Medical and sanitary report of the native army of Madras for the year
Year: 1872
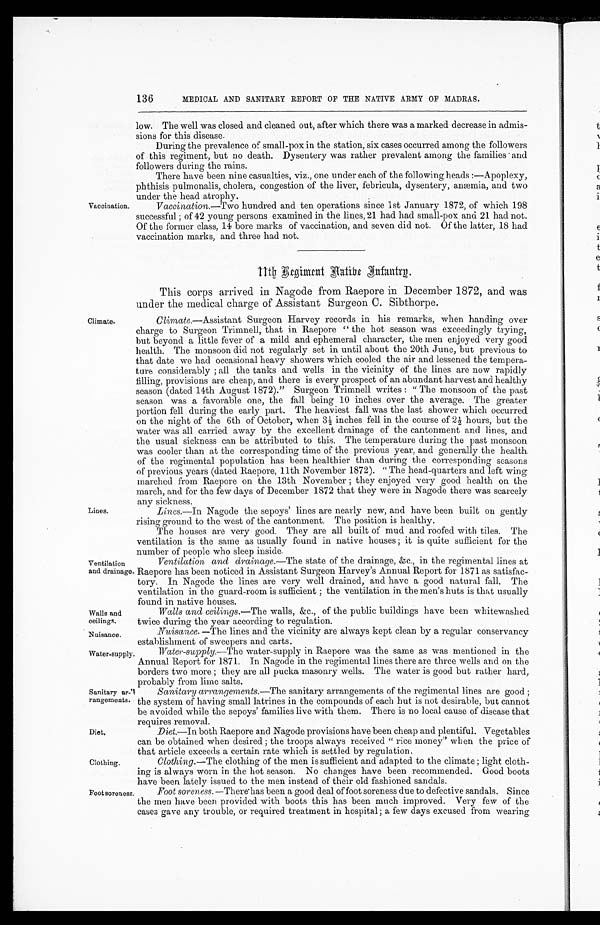
Walls and
ceilings.
Nuisance.
Water-supply.
Diet.
Clothing.
Foot soreness
136
MEDICAL AND SANITARY REPORT OF THE NATIVE ARMY OF MADRAS.
Vaccination
.
Climate.
Lines.
Ventilation
and drainage.
Sanitary ar-
rangements.
low. The well was closed and cleaned out, after which there was a marked decrease in admis
- s i o n s f o r t h i s d i s e a s e .
During the prevalence of small-pox in the station, six cases occurred among the followers
of this regiment, but no death. Dysentery was rather prevalent among the families and
followers during the rains.
There have been nine casualties, viz., one under each of the following heads:—Apoplexy,
phthisis pulmonalis, cholera, congestion of the liver, febricula, dysentery, anœmia, and two
under the head atrophy.
Vaccination.—Two hundred and ten operations since 1st January 1872, of which 198
successful; of 42 young persons examined in the lines, 21 had had small-pox and 21 had not.
Of the former class, 14 bore marks of vaccination, and seven did not. Of the latter, 18 had
vaccination marks, and three had not.
11th Regiment Aatibe Infantry.
This corps arrived in Nagode from Raepore in December 1872, and was
under the medical charge of Assistant Surgeon C. Sibthorpe.
Climate .—Assistant Surgeon Harvey records in his remarks, when handing over
charge to Surgeon Trimnell, that in Raepore "the hot season was exceedingly trying,
but beyond a little fever of a mild and ephemeral character, the men enjoyed very good
health. The monsoon did not regularly set in until about the 20th June, but previous to
that date we had occasional heavy showers which cooled the air and lessened the tempera
- t u r e c o n s i d e r a b l y ; a l l t h e t a n k s a n d w e l l s i n t h e v i c i n i t y o f t h e l i n e s a r e n o w r a p i d l y
filling, provisions are cheap, and there is every prospect of an abundant harvest and healthy
season (dated 14th August 1872). "Surgeon Trimnell writes: "The monsoon of the past
season was a favorable one, the fall being 10 inches over the average. The greater
portion fell during the early part. The heaviest fall was the last shower which occurred
on the night of the 6th of October, when 3 inches fell in the course of 2½ hours, but the
water was all carried away by the excellent drainage of the cantonment and lines, and
the usual sickness can be attributed to this. The temperature during the past monsoon.
was cooler than at the corresponding time of the previous year, and generally the health
of the regimental population has been healthier than during the corresponding seasons
of previous years (dated Raepore, 11th November 1872). "The head-quarters and left wing
marched from Raepore on the 13th November; they enjoyed very good health on the
march, and for the few days of December 1872 that they were in Nagode there was scarcely
any sickness.
Nagode the sepoys' lines are nearly new, and have been built on gently
rising ground to the west of the cantonment. The position is healthy.
The houses are very good. They are all built of mud and roofed with tiles. The
ventilation is the same as usually found in native houses; it is quite sufficient for the
number of people who sleep inside.
Ventilation and drainage .—The state of the drainage, &c., in the regimental lines at
Raepore has been noticed in Assistant Surgeon Harvey's Annual Report for 1871 as satisfac
-tory. In Nagode the lines are very well drained, and have a good natural fall. The
ventilation in the guard-room is sufficient; the ventilation in the men's huts is that usually
found in native houses.
Walls and ceilings.—The walls, &c., of the public buildings have been whitewashed
twice durind the year according to regulation.
Nuisance.—The lines and the vicinity are always kept clean by a regular conservancy
establishment of sweepers and carts.
Water-supply.—The water-supply in Raepore was the same as was mentioned in the
Annual Report for 1871. In Nagode in the regimental lines there are three wells and on the
borders two more; they are all pucka masonry wells. The water is good but rather hard,
probably from lime salts.
Sanitary arrangements.—The sanitary arrangements of the regimental lines are good;
the system of having small latrines in the compounds of each hut is not desirable, but cannot
be avoided while the sepoys' families live with them. There is no local cause of disease that
requires removal.
Diet.—In both Raepore and Nagode provisions have been cheap and plentiful. Vegetables
can be obtained when desired; the troops always received "rice money" when the price of
that article exceeds a certain rate which is settled by regulation.
Clothing.—The clothing of the men is sufficient and adapted to the climate; light cloth
-ing is always worn in the hot season. No changes have been recommended. Good boots
have been lately issued to the men instead of their old fashioned sandals.
Foot soreness.—There has been a good deal of foot soreness due to defective sandals. Since
the men have been provided with boots this has been much improved. Very few of the
cases gave any trouble, or required treatment in hospital; a few days excused from wearing